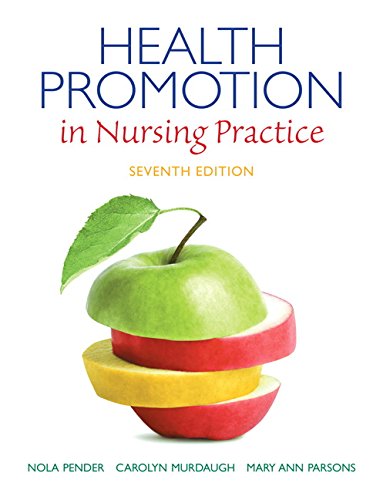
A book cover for Health Promotion in Nursing Practice (7th Edition) (Health Promotion in Nursing Practice ( Pender)); Nola J. Pender; Medical Books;